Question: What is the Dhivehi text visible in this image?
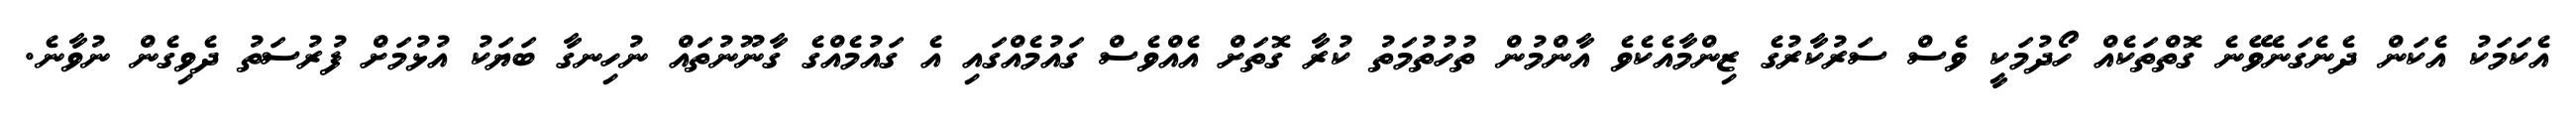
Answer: އެކަމަކު އެކަން ދެނެގަނެވޭނެ ގޮތްތަކެއް ހޯދުމަކީ ވެސް ސަރުކާރުގެ ޒިންމާއެކެވެ އާންމުން ތުހުތުމަތު ކުރާ ގޮތަށް އެއްވެސް ގައުމެއްގައި އެ ގައުމެއްގެ ގާނޫނުތައް ނުހިނގާ ބަޔަކު އުޅުމަށް ފުރުސަތު ދެވިގެން ނުވާނެ.